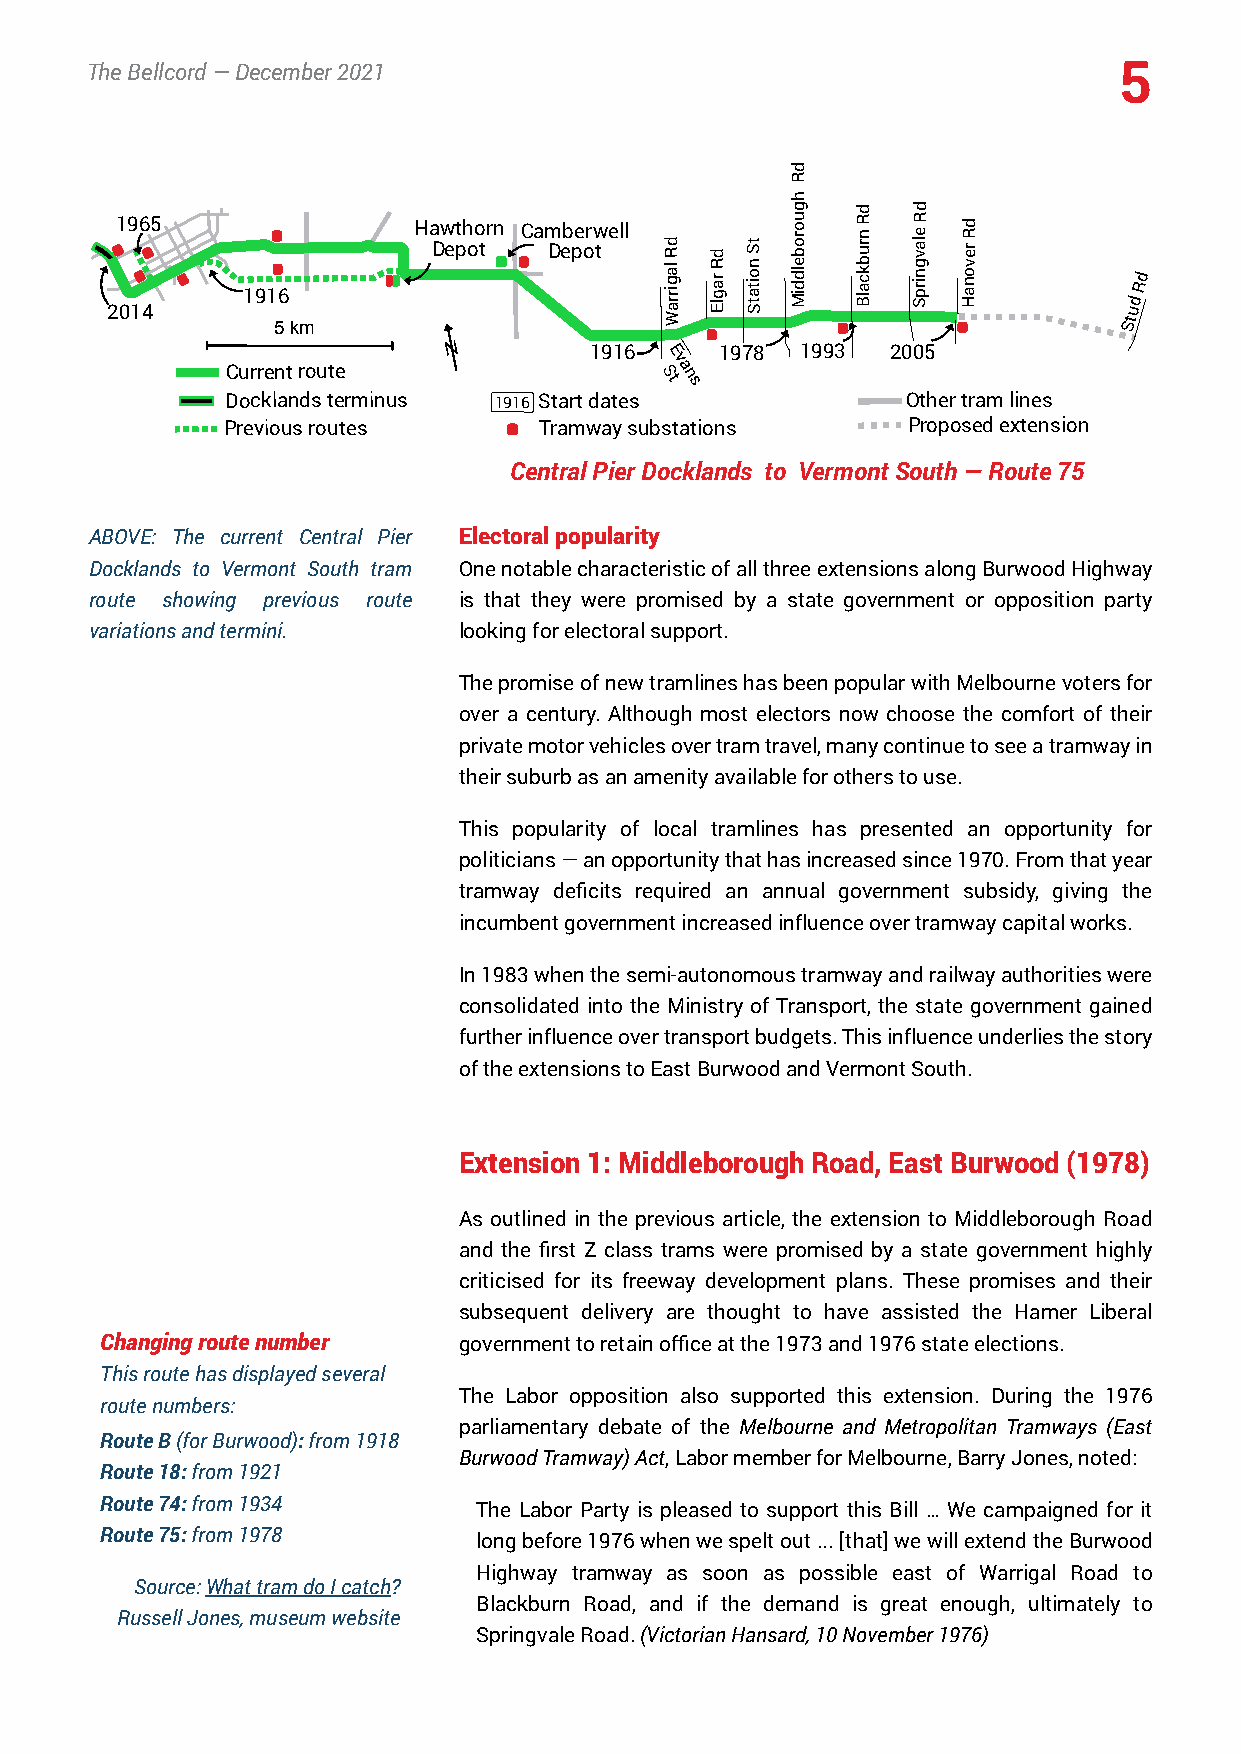
TheBellcord—December2021                                            5
 d
 R
 h
 g    d  d
 21 09 16 45
 1916
 Ha Dw et ph oo trn Cam Deb pe orw tell
 d
 R
 la g
 irra
 d
 R ra
 g
 lE
 tS
 n o ita
 tS
 Middleborou BlackburnR SpringvaleR HanoverRd
 udRd
 5km                       W                             St
 N        1916 E   1978 1993  2005
 v
 Currentroute                  a
 Stn
 s
 Docklandsterminus 1916 Startdates            Othertramlines
 Previousroutes       Tramwaysubstations      Proposedextension
 CentralPierDocklands to VermontSouth—Route75
 ABOVE: The current Central Pier Electoralpopularity
 Docklands to Vermont South tram OnenotablecharacteristicofallthreeextensionsalongBurwoodHighway
 route showing previous route is that they were promised by a state government or opposition party
 variationsandtermini.   lookingforelectoralsupport.
 ThepromiseofnewtramlineshasbeenpopularwithMelbournevotersfor
 over a century. Although most electors now choose the comfort of their
 privatemotorvehiclesovertramtravel,manycontinuetoseeatramwayin
 theirsuburbasanamenityavailableforotherstouse.
 This popularity of local tramlines has presented an opportunity for
 politicians—anopportunitythathasincreasedsince1970.Fromthatyear
 tramway deficits required an annual government subsidy, giving the
 incumbentgovernmentincreasedinfluenceovertramwaycapitalworks.
 In1983whenthesemi-autonomoustramwayandrailwayauthoritieswere
 consolidated into the Ministry of Transport, the state government gained
 furtherinfluenceovertransportbudgets.Thisinfluenceunderliesthestory
 oftheextensionstoEastBurwoodandVermontSouth.
 Extension 1: Middleborough Road, East Burwood (1978)
 As outlined in the previous article, the extension to Middleborough Road
 and the first Z class trams were promised by a state government highly
 criticised for its freeway development plans. These promises and their
 subsequent delivery are thought to have assisted the Hamer Liberal
 Changingroutenumber    governmenttoretainofficeatthe1973and1976stateelections.
 Thisroutehasdisplayedseveral
 The Labor opposition also supported this extension. During the 1976
 routenumbers:
 parliamentary debate of the Melbourne and Metropolitan Tramways (East
 RouteB(forBurwood):from1918
 BurwoodTramway)Act,LabormemberforMelbourne,BarryJones,noted:
 Route18:from1921
 Route74:from1934
 The Labor Party is pleased to support this Bill … We campaigned for it
 Route75:from1978
 longbefore1976whenwespeltout...[that]wewillextendtheBurwood
 Highway tramway as soon as possible east of Warrigal Road to
 Source:WhattramdoIcatch?
 Blackburn Road, and if the demand is great enough, ultimately to
 RussellJones,museumwebsite
 SpringvaleRoad.(VictorianHansard,10November1976)